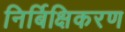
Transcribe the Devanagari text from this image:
निर्बिक्षिकरण